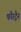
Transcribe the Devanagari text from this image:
फौरट्रैन